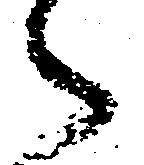
々